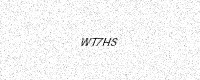
Text: WT7HS